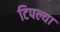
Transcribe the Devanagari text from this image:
टिपल्या